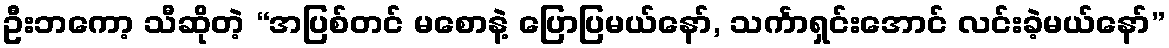
ဦးဘကော့ သီဆိုတဲ့ “အပြစ်တင် မစောနဲ့ ပြောပြမယ်နော်, သင်္ကာရှင်းအောင် လင်းခဲ့မယ်နော်”